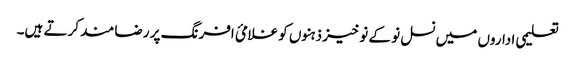
تعلیمی اداروں میں نسل نو کے نوخیز ذہنوں کو غلامئ افرنگ پر رضا مند کرتے ہیں۔